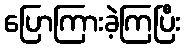
ပြောကြားခဲ့ကြပြီး